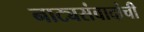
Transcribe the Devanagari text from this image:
नाट्यसंवादांची